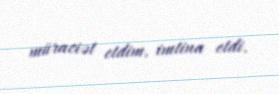
müraciət etdim, imtina etdi.